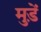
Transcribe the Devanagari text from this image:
मुड़ें